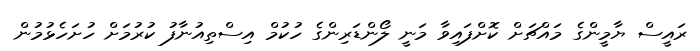
ރައީސް ޔާމީންގެ މައްޗަށް ކޮށްފައިވާ މަނީ ލޯންޑަރިންގެ ހުކުމް އިސްތިއުނާފު ކުރުމަށް ހުށަހެޅުމުން